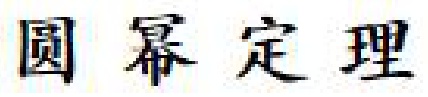
圆幂定理